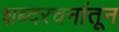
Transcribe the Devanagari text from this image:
शब्दरचनांतून